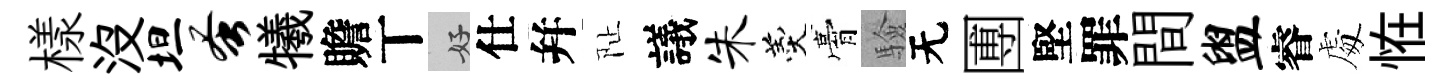
樣没坦蚤犧贍丅好仕幷阯議朱羹膏驗无圑堅罪間盥睿䖏恠